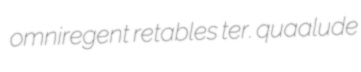
omniregent retables ter. quaalude